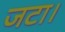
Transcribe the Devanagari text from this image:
जटा।